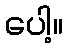
ပေါ့။